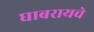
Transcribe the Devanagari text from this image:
घाबरायचे